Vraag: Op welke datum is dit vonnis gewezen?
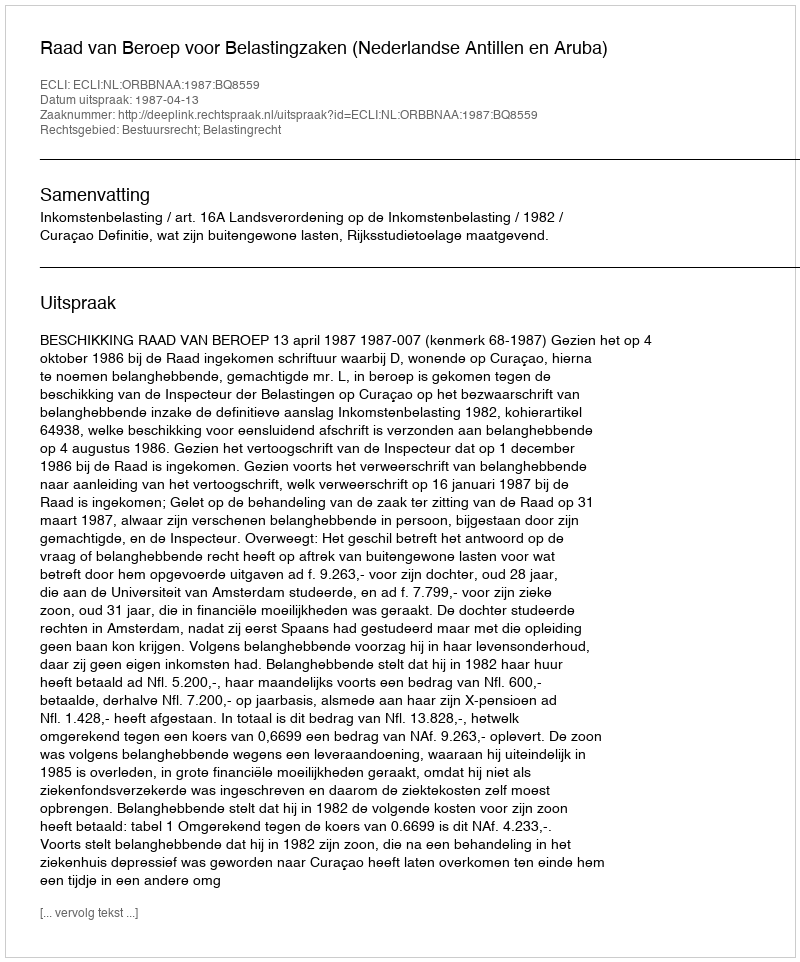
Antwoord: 1987-04-13